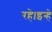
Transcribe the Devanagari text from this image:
रहे।इन्हे